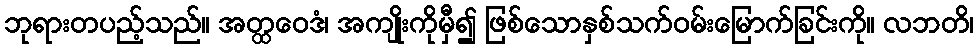
ဘုရားတပည့်သည်။ အတ္ထဝေဒံ၊ အကျိုးကိုမှီ၍ ဖြစ်သောနှစ်သက်ဝမ်းမြောက်ခြင်းကို။ လဘတိ၊